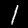
Digit: 1